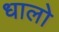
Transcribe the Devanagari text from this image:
धालो